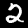
Digit: 2